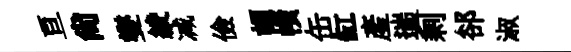
亘尙燮綾减儉頡幘缶缸産遄剩郤淑